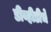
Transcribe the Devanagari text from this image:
डीव्हीडीचे